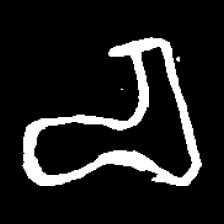
Pyu character \u2014 Myanmar letter: စ (romanized: ca)